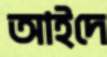
আইদে